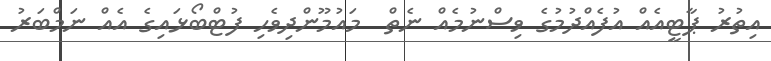
އިތުރު ޕާޓީއެއް އުފެއްދުމުގެ ވިސްނުމެއް ނެތް  މައުމޫންދިވެހި ފުޓްބޯޅައިގެ އެއް ނަމްބަރު